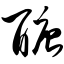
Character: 醣